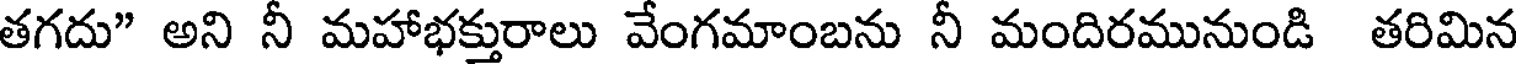
తగదు" అని నీ మహాభక్తురాలు వేంగమాంబను నీ మందిరమునుండి తరిమిన